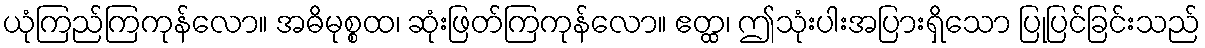
ယုံကြည်ကြကုန်လော။ အဓိမုစ္စထ၊ ဆုံးဖြတ်ကြကုန်လော။ ဧတ္ထ၊ ဤသုံးပါးအပြားရှိသော ပြုပြင်ခြင်းသည်